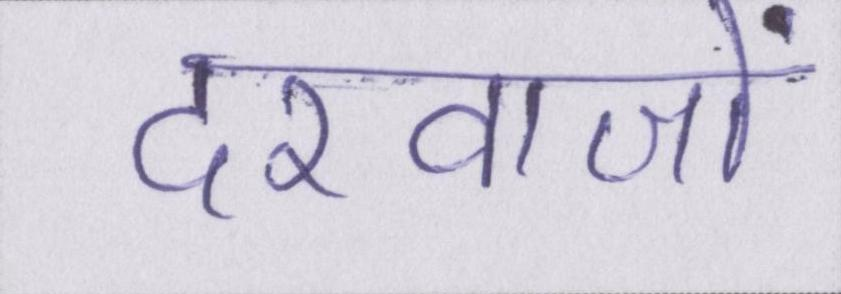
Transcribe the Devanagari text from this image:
दरवाजों